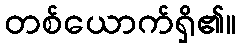
တစ်ယောက်ရှိ၏။